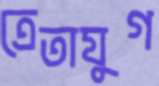
ত্রেতাযুগ